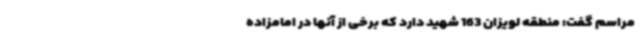
مراسم گفت: منطقه لویزان 163 شهید دارد که برخی از آنها در امامزاده